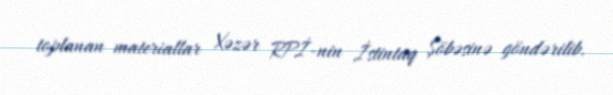
toplanan materiallar Xəzər RPİ-nin İstintaq Şöbəsinə göndərilib.